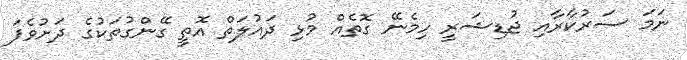
ނަމަ ސަރުކާރާއި ޖުޑިޝަރީ ހިމެނޭ ގޮތެއް މުޅި ދައުލަތް އޮތީ ގޭންގުތަކުގެ ދަށުވެފަ